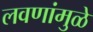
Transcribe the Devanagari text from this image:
लवणांमुळे